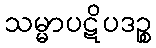
သမ္မာပဋိပဒဉ္စ